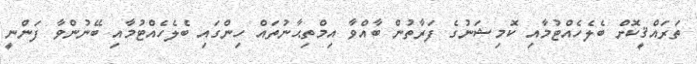
ތަރައްޤީކޮށް ބެލެހެއްޓުމާއި ކޮމިޝަނުގެ ފަރާތުން ބާއްވާ އިމްތިޙާނުތައް ހިންގައި ބެލެހެއްޓުމާއި ބޭނުންވާ ފަންނީ